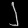
Digit: ၂